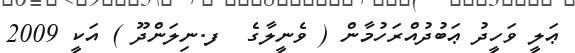
ޢަލީ ވަހީދު ޢަބުދުއްރަހުމާން ( ވެނީލާގެ  ފ.ނިލަންދޫ ) އަކީ 2009